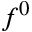
f ^ { 0 }